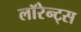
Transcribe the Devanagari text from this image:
लॉरेन्ट्स